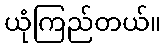
ယုံကြည်တယ်။